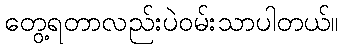
တွေ့ရတာလည်းပဲဝမ်းသာပါတယ်။